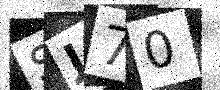
Text: SJ70